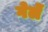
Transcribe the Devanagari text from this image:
गेलें